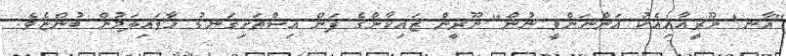
"އާނ! ނޫރީއާއިއެކު އަންނަންވީ ނުން" ނޫރީން ޒައިކާންގެ ފަން އިސްތަށިގަނޑު ހާވައިލަމުން ބުންޏެވެ.